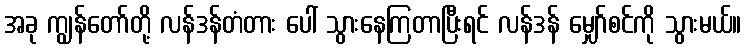
အခု ကျွန်တော်တို့ လန်ဒန်တံတား ပေါ် သွားနေကြတာပြီးရင် လန်ဒန် မျှော်စင်ကို သွားမယ်။